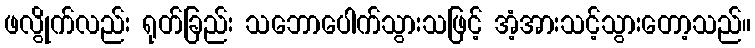
ဖလွိုက်လည်း ရုတ်ခြည်း သဘောပေါက်သွားသဖြင့် အံ့အားသင့်သွားတော့သည်။